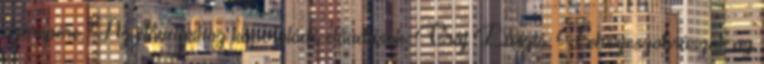
szerepére. Az előadáshoz kapcsolódó előadások: Gráf László: Fehérjeszobrászat: az